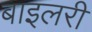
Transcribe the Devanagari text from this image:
बाइलरी